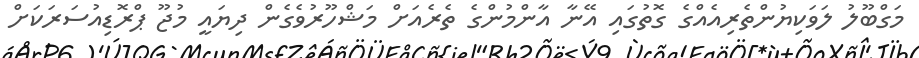
މަގްބޫލު ލަވަކިޔުންތެރިއެއްގެ ގޮތުގައި އޭނާ އާންމުންގެ ތެރެއަށް މަޝްހޫރުވެގެން ދިޔައީ މުޖޫ ޕްރޮޑިއުސަރަކަށް